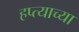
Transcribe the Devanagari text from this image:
हप्‍त्याच्या